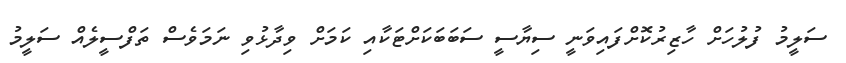
ސަލީމު ފުލުހަށް ހާޒިރުކޮށްފައިވަނީ ސިޔާސީ ސަބަބަކަށްޓަކާއި ކަމަށް ވިދާޅުވި ނަމަވެސް ތަފްސީލެއް ސަލީމު